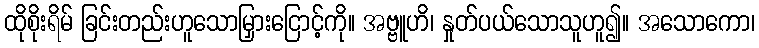
ထိုစိုးရိမ် ခြင်းတည်းဟူသောမြှားငြောင့်ကို။ အဗ္ဗူဟိ၊ နှုတ်ပယ်သောသူဟူ၍။ အသောကော၊